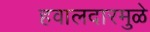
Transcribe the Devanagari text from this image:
हवालदारमुळे